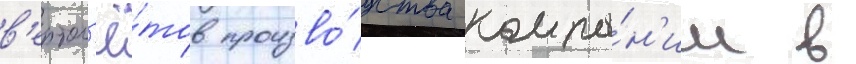
в'ертол'ё́тов произво́дства компа́н'ии в